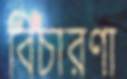
বিচারণা